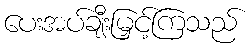
ပေးအပ်ချီးမြှင့်ကြသည်